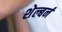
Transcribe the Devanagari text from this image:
शेल्बर्न